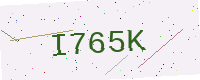
Text: I765K